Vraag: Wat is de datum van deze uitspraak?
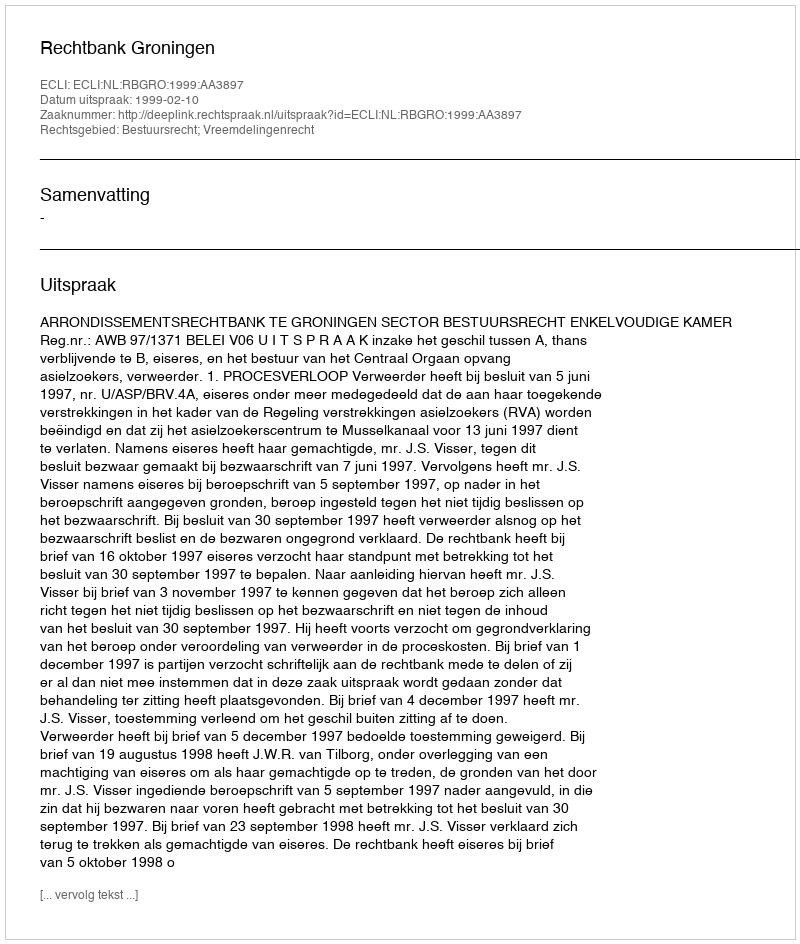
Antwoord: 1999-02-10